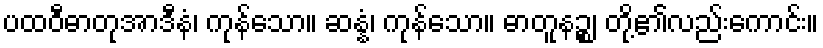
ပထဝီဓာတုအာဒီနံ၊ ကုန်သော။ ဆန္နံ၊ ကုန်သော။ ဓာတူနဉ္စ၊ တို့၏လည်းကောင်း။